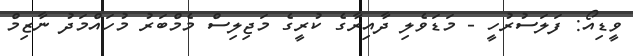
ވީޑިއޯ: ފަލަސުރުހީ - މަޑަވެލި ދާއިރާގެ ކުރީގެ މަޖިިލިސް މެމްބަރު މުހައްމަދު ނާޒިމް